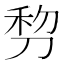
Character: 剓